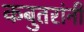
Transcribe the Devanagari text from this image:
कबुतरांनी